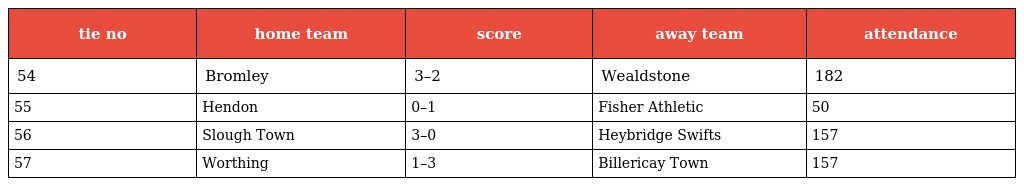
| tie no | home team | score | away team | attendance |
 | --- | --- | --- | --- | --- |
 | 54 | Bromley | 3–2 | Wealdstone | 182 |
 | 55 | Hendon | 0–1 | Fisher Athletic | 50 |
 | 56 | Slough Town | 3–0 | Heybridge Swifts | 157 |
 | 57 | Worthing | 1–3 | Billericay Town | 157 |